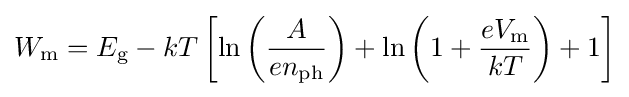
W_{\text{m}}=E_{\text{g}}-kT\left[\ln \left({\frac {A}{en_{\text{ph}}}}\right)+\ln \left(1+{\frac {eV_{\text{m}}}{kT}}\right)+1\right]